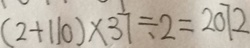
( 2 + 1 1 0 ) \times 3 7 \div 2 = 2 0 7 2